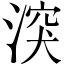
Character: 湥